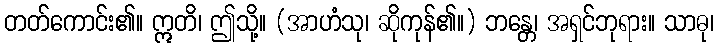
တတ်ကောင်း၏။ ဣတိ၊ ဤသို့။ (အာဟံသု၊ ဆိုကုန်၏။) ဘန္တေ၊ အရှင်ဘုရား။ သာဓု၊